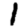
Digit: 1